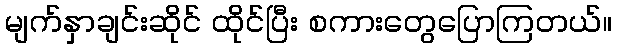
မျက်နှာချင်းဆိုင် ထိုင်ပြီး စကားတွေပြောကြတယ်။